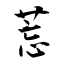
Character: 莣